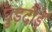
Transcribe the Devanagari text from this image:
घुड़दौड़ें